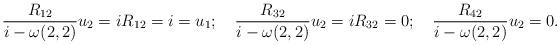
LaTeX: \begin{align*}\frac{R_{12}}{i-\omega(2,2)}u_2=iR_{12}=i=u_1;\quad\frac{R_{32}}{i-\omega(2,2)}u_2=iR_{32}=0;\quad\frac{R_{42}}{i-\omega(2,2)}u_2=0.\end{align*}